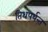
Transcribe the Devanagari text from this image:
तिथपर्यन्त